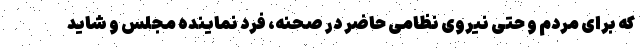
که برای مردم و حتی نیروی نظامی حاضر در صحنه، فرد نماینده مجلس و شاید